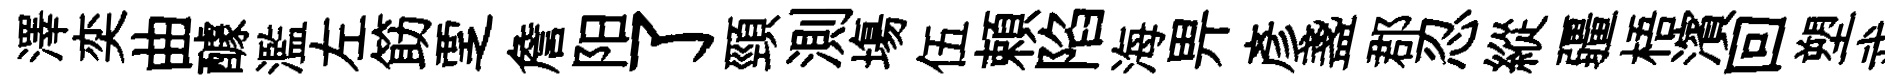
澤奕曲醵濫左筯覂詹阳了頸測塲伍頼陷海畀彦盞郡忍縱疆梧濱回塑武